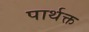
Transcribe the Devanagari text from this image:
पार्थक्त